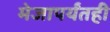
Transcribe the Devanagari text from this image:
मेजापर्यंतही